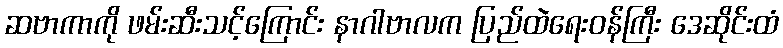
ဆဗာကာကို ဖမ်းဆီးသင့်ကြောင်း နာဂါဗာလက ပြည်ထဲရေးဝန်ကြီး ဒေဆိုင်းထံ